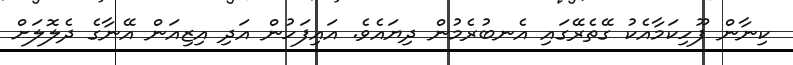
ކިނާން ފޫހިކަމާއެކު ގޭތެރޭގައި އެނބުރެމުން ދިޔައެވެ. އައިފަހުން އަދި އިޒިއަން އޭނާގެ ދެލޮލަށް